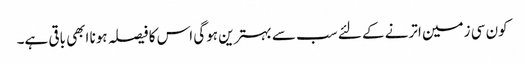
کون سی زمین اترنے کے لئے سب سے بہترین ہوگی اس کا فیصلہ ہونا ابھی باقی ہے۔